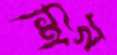
শিখ